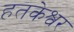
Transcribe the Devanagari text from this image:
हतकेश्वर